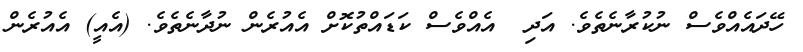
ހޭދައެއްވެސް ނުކުރާނެތެވެ. އަދި  އެއްވެސް ކަޑައްތުކޮށް އެއުރެން ނުދާނެތެވެ. (އެއީ) އެއުރެން